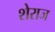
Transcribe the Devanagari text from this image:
शेराज